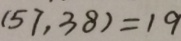
( 5 7 , 3 8 ) = 1 9